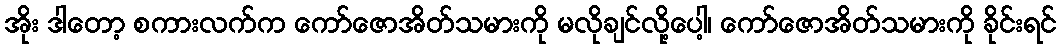
အိုး ဒါတော့ စကားလက်က ကော်ဇောအိတ်သမားကို မလိုချင်လို့ပေါ့၊ ကော်ဇောအိတ်သမားကို ခိုင်းရင်